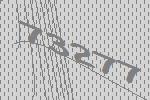
73277